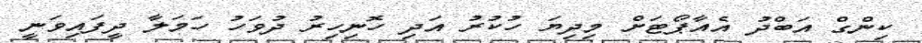
ކިންގް އަބްދު އެއާޕޯޓަށް މިދިޔަ ހުކުރު އަދި ހޮނިހިރު ދުވަހު ހަމަލާ ދީފައިވަނީ